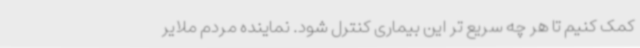
کمک کنیم تا هر چه سریع تر این بیماری کنترل شود. نماینده مردم ملایر